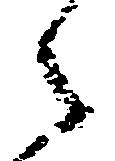
之